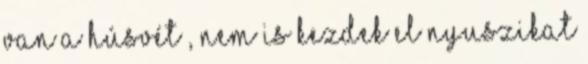
van a Húsvét , nem is kezdek el nyuszikat